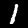
Digit: 1